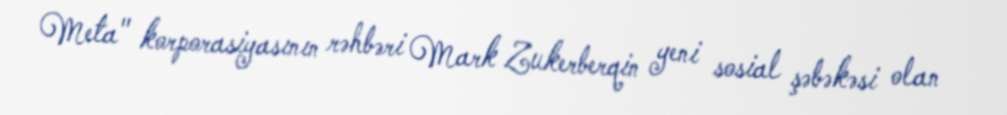
Meta" korporasiyasının rəhbəri Mark Zukerberqin yeni sosial şəbəkəsi olan